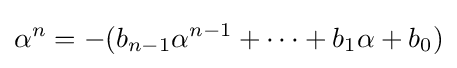
\alpha ^{n}=-(b_{n-1}\alpha ^{n-1}+\cdots +b_{1}\alpha +b_{0})